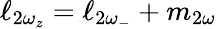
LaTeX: \ell_{2\omega_{z}}=\ell_{2\omega_{-}}+m_{2\omega}